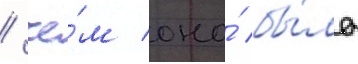
/ че́м оно́ бы́ло